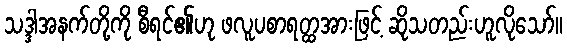
သဒ္ဒါအနက်တို့ကို စီရင်၏ဟု ဖလူပစာရတ္ထအားဖြင့် ဆိုသတည်းဟူလိုသော်။